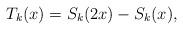
LaTeX: \begin{align*} T_{k}(x)= S_{k}(2x)- S_{k}(x),\end{align*}